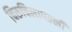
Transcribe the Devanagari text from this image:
चिरूचिलापल्ली